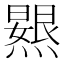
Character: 𭶐